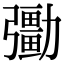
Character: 𠣀